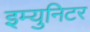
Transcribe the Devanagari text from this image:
इम्युनिटर